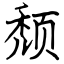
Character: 颓